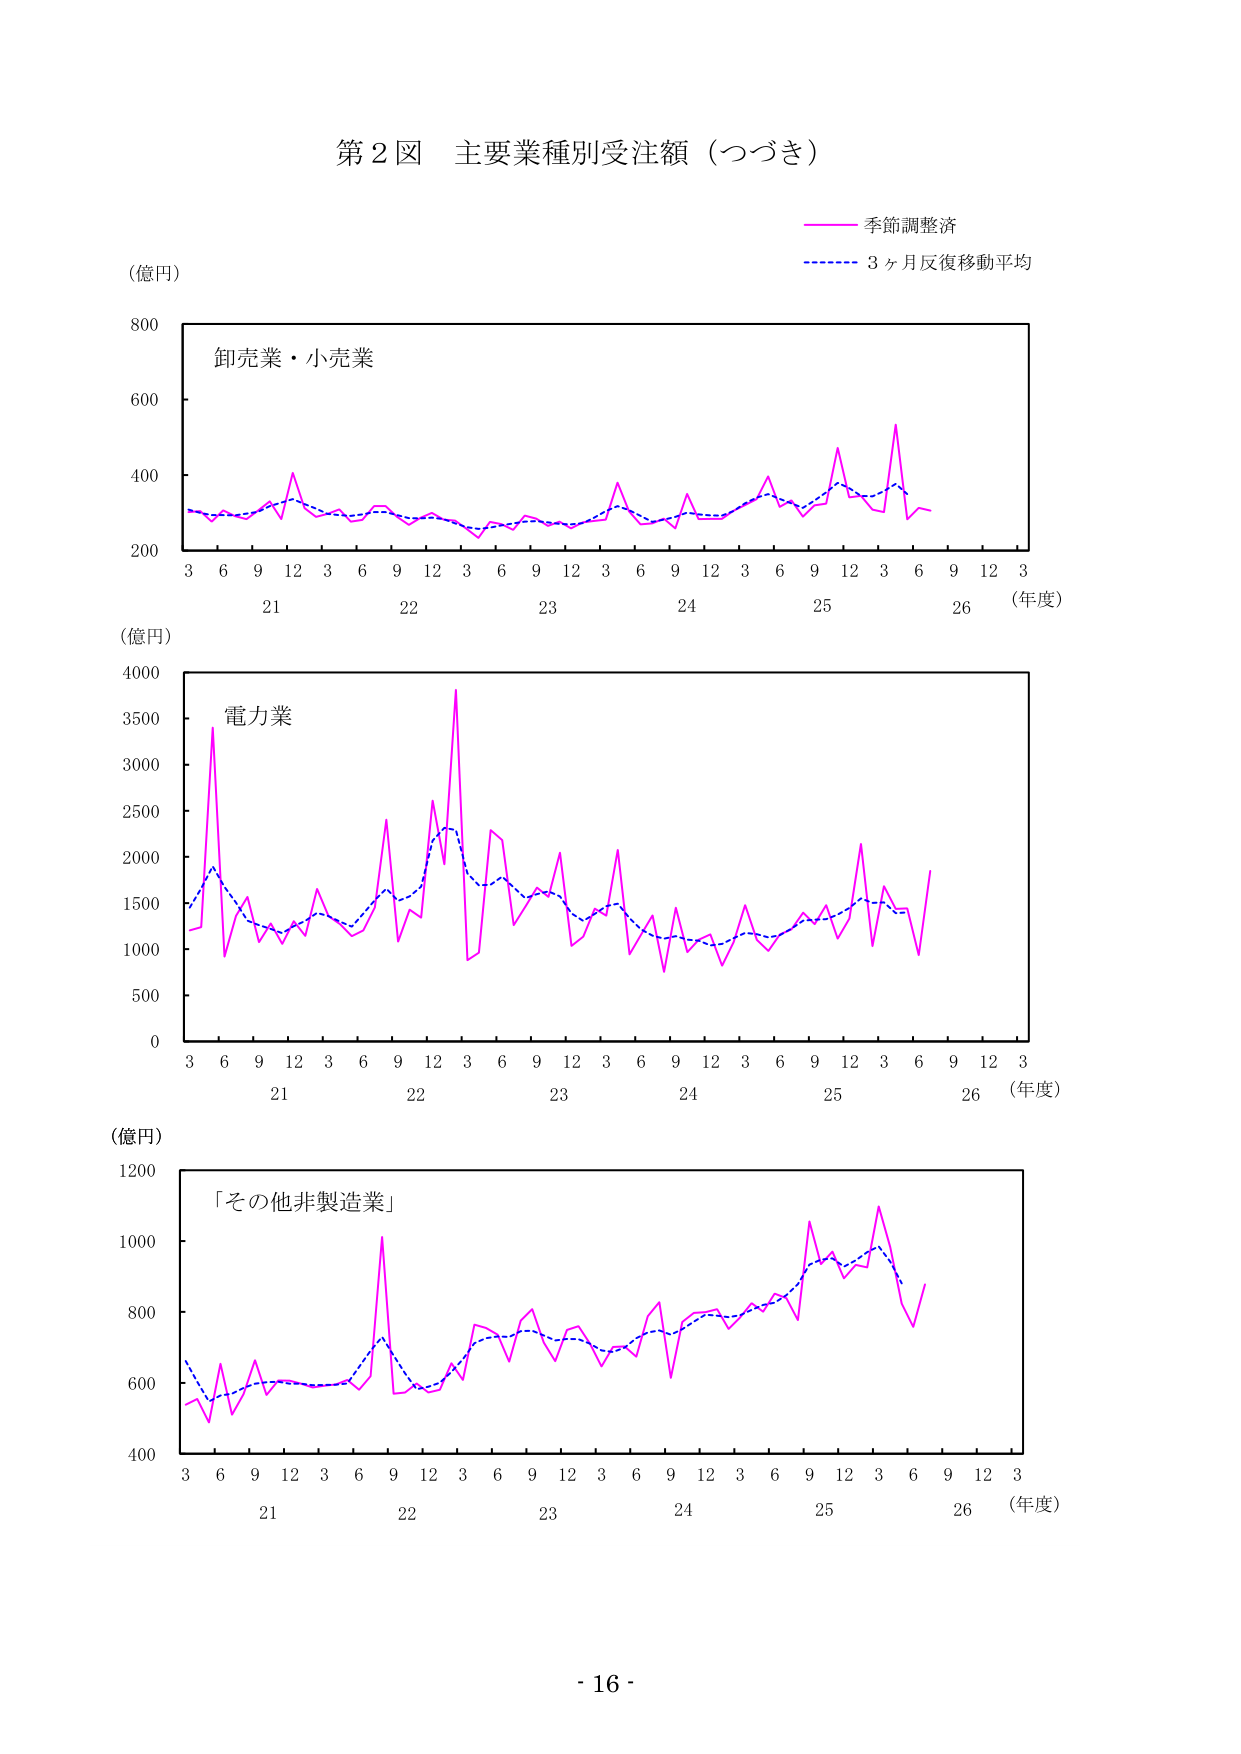
第２図 主要業種別受注額（つづき）

（億円）
季節調整済
3ヶ月反復移動平均

卸売業・小売業
3 6 9 12 3 6 9 12 3 6 9 12 3 6 9 12 3 6 9 12 3
21 22 23 24 25 26 （年度）
800
600
400
200

（億円）
電力業
3 6 9 12 3 6 9 12 3 6 9 12 3 6 9 12 3 6 9 12 3
21 22 23 24 25 26 （年度）
4000
3500
3000
2500
2000
1500
1000
500
0

（億円）
「その他非製造業」
3 6 9 12 3 6 9 12 3 6 9 12 3 6 9 12 3 6 9 12 3
21 22 23 24 25 26 （年度）
1200
1000
800
600
400

- 16 -